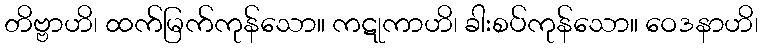
တိဗ္ဗာဟိ၊ ထက်မြက်ကုန်သော။ ကဋုကာဟိ၊ ခါးစပ်ကုန်သော။ ဝေဒနာဟိ၊